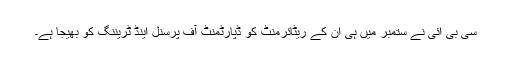
سی بی آئی نے ستمبر میں ہی ان کے ریٹائرمنٹ کو ڈپارٹمنٹ آف پرسنل اینڈ ٹریننگ کو بھیجا ہے۔